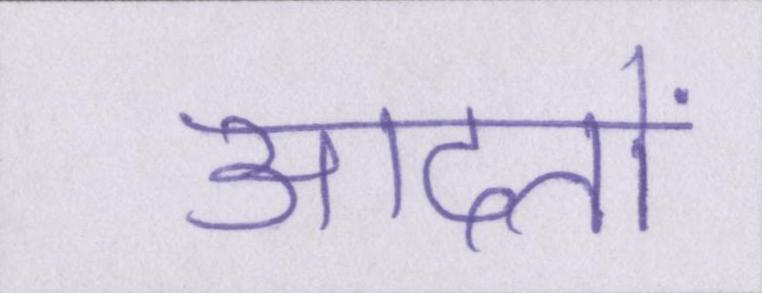
आदतों